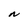
Character: n